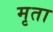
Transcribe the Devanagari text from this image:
मृता